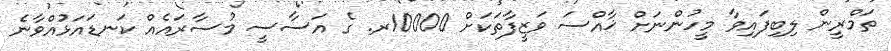
ތަމްރީން ލިބިފައިވާ މީހުންނަށް ޚާއްސަ ވަޒީފާތަކަށް 10000ރ. ގެ އަސާސީ މުސާރައެއް ކަނޑައަޅުއްވާނެ